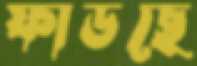
ফাডছে